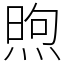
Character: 煦